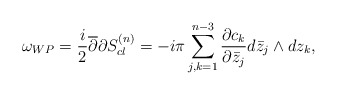
\begin{align*}\omega_{WP}= {i\over2}{\overline\partial}{\partial}S^{(n)}_{cl}=-i\pi\sum_{j,k=1}^{n-3} {\partial c_k\over \partial {\bar z_j}}d\bar z_j\wedge d z_k,\end{align*}